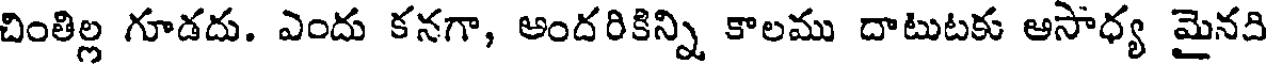
చింతిల్ల గూడదు. ఎందు కనగా, అందరికిన్ని కాలము దాటుటకు అసాధ్య మైనది